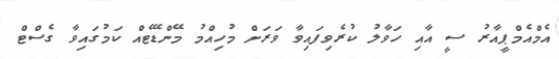
އެމްއެމްޕީއާރު ސީ އާއި ހަވާލު ކުރެވިފައިވާ ވަރަށް މުހިއްމު މޭންޑޭޓެއް ކަމުގައިވާ ގެސްޓް